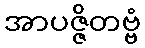
အာပဇ္ဇိတဗ္ဗံ